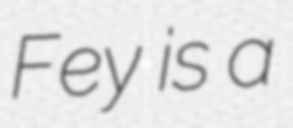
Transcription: Fey is a